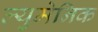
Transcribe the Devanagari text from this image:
ल्युमेनिक